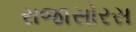
રાજાસોરસ